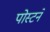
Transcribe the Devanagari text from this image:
पोस्टने